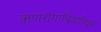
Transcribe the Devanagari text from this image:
ऋणरोगादिदारिद्रयं